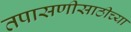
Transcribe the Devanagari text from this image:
तपासणीसाठीच्या